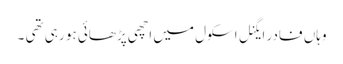
وہاں فادر ایگنل اسکول میں اچھی پڑھائی ہو رہی تھی ۔